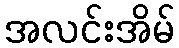
အလင်းအိမ်